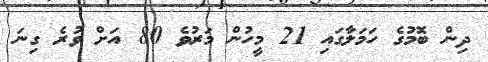
ދިން ބޮމުގެ ހަމަލާގައި 21 މީހުން މަރުވެ 80 އަށް ވުރެ ގިނަ